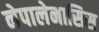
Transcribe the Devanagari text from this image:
नेपालेनासिस